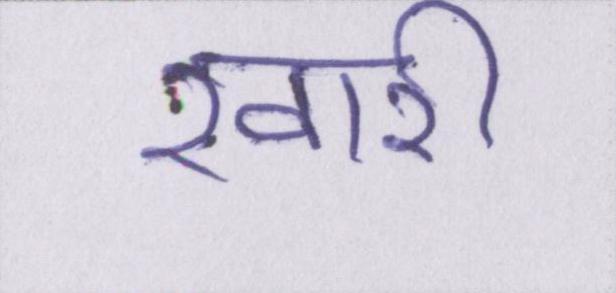
खारी